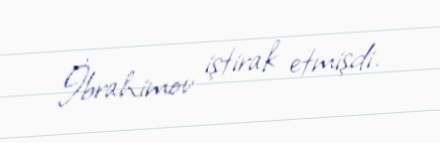
İbrahimov iştirak etmişdi.